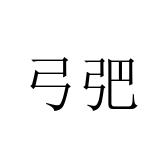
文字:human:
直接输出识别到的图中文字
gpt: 弓弝